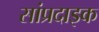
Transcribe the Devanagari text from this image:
सांप्रदाइक